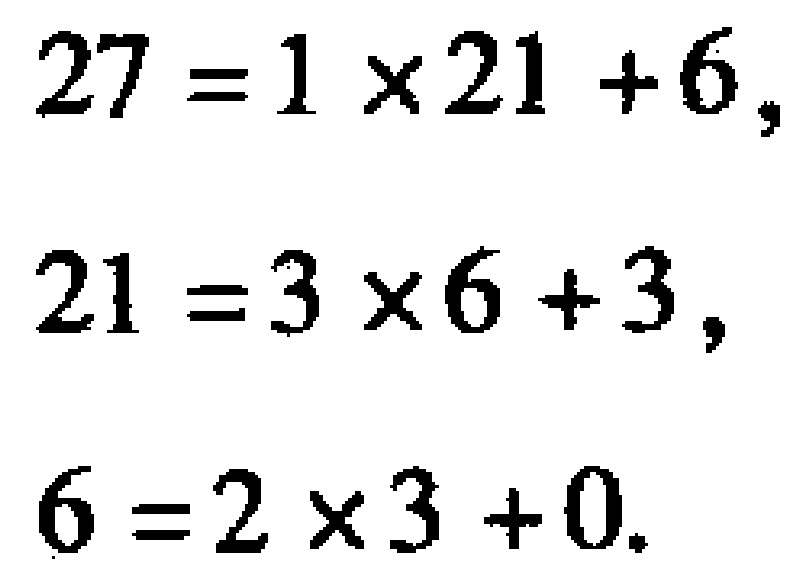
\[

\begin{align*}

27&=1\times21 + 6,\\

21&=3\times6+3,\\

6&=2\times3 + 0.

\end{align*}

\]